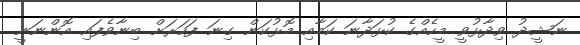
ނަޝީދު ވިދާޅުވީ މީހެއްގެ ކުޅަދާނަ ކަމާއި މޮޅުކަން ގިނަ ފަހަރަށް ބިނާވެފައި އޮންނަނީ